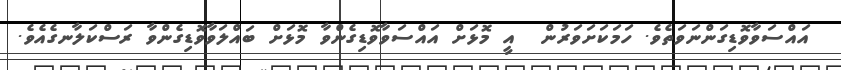
އައްސަވާވޮޑިގަންނަވަތެވެ. ހަމަކަށަވަރުން  އީ މޮޅަށް އައްސަވާވޮޑިގެންވާ މޮޅަށް ބައްލަވާވޮޑިގެންވާ ރަސްކަލާނގެއެވެ.